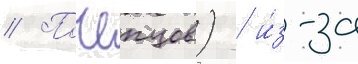
// Почепцов) / и́з-за